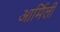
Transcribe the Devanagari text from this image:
आर्मिली